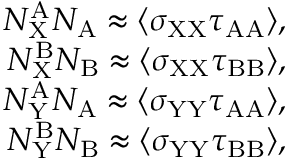
\begin{array} { r } { N _ { \mathrm { X } } ^ { \mathrm { A } } N _ { \mathrm { A } } \approx \langle \sigma _ { \mathrm { X X } } \tau _ { \mathrm { A A } } \rangle , } \\ { N _ { \mathrm { X } } ^ { \mathrm { B } } N _ { \mathrm { B } } \approx \langle \sigma _ { \mathrm { X X } } \tau _ { \mathrm { B B } } \rangle , } \\ { N _ { \mathrm { Y } } ^ { \mathrm { A } } N _ { \mathrm { A } } \approx \langle \sigma _ { \mathrm { Y Y } } \tau _ { \mathrm { A A } } \rangle , } \\ { N _ { \mathrm { Y } } ^ { \mathrm { B } } N _ { \mathrm { B } } \approx \langle \sigma _ { \mathrm { Y Y } } \tau _ { \mathrm { B B } } \rangle , } \end{array}